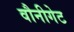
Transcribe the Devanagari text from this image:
वौनीगेट